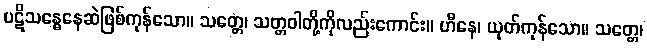
ပဋိသန္ဓေနေဆဲဖြစ်ကုန်သော။ သတ္တေ၊ သတ္တဝါတို့ကိုလည်းကောင်း။ ဟီနေ၊ ယုတ်ကုန်သော။ သတ္တေ၊